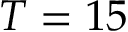
T = 1 5